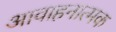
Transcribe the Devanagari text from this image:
आवाहनात्मक